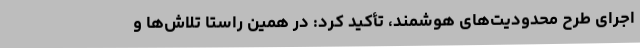
اجرای طرح محدودیت‌های هوشمند، تأکید کرد: در همین راستا تلاش‌ها و